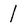
Character: I